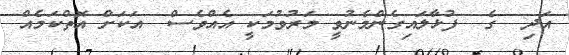
އަދި  ގެ  ފުޅާލައިގެންމެނުވީ މަރުވުމަކީ އެއްވެސް  އަކަށް އޮތްކަމެއް